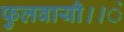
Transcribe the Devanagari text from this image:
फुलवायी।।ं